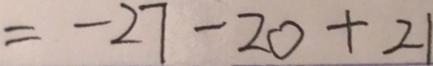
= - 2 7 - 2 0 + 2 1